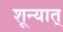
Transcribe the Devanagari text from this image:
शून्यात्